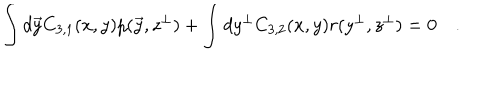
LaTeX: \int d \vec { y } C _ { 3 , 1 } ( x , y ) p ( \vec { y } , z ^ { \bot } ) + \int d y ^ { \bot } C _ { 3 , 2 } ( x , y ) r ( y ^ { \bot } , z ^ { \bot } ) = 0 \quad .